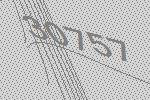
30757